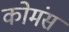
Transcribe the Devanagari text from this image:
कोमंस